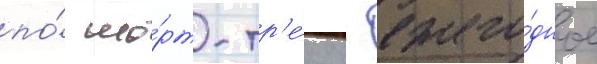
по́ шо́рт-тр'е́ку - ежего́дное